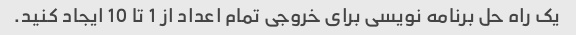
یک راه حل برنامه نویسی برای خروجی تمام اعداد از 1 تا 10 ایجاد کنید.